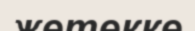
жетекке